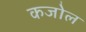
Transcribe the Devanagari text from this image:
कजोल